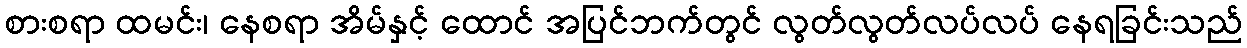
စားစရာ ထမင်း၊ နေစရာ အိမ်နှင့် ထောင် အပြင်ဘက်တွင် လွတ်လွတ်လပ်လပ် နေရခြင်းသည်